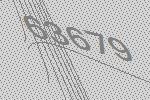
63679